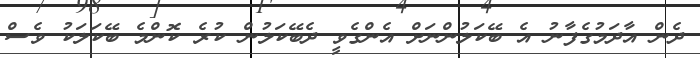
ދެން އާދަމުގެފާނު އެ ބޭކަލުންނަށް އެންގެވީ ދެބޭކަލުން ކުރެ ކޮންމެ ބޭކަލަކު ވެސް